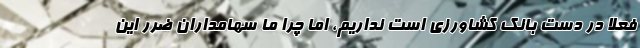
فعلاً در دست بانک کشاورزی است نداریم، اما چرا ما سهامداران ضرر این